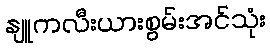
နျူကလီးယားစွမ်းအင်သုံး